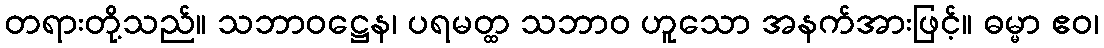
တရားတို့သည်။ သဘာဝဋ္ဌေန၊ ပရမတ္ထ သဘာဝ ဟူသော အနက်အားဖြင့်။ ဓမ္မာ ဧဝ၊